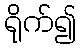
ရိုက်၍